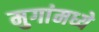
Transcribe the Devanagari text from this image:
मुगांमध्ये